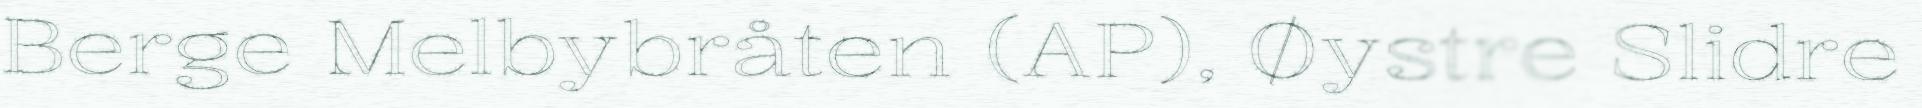
Berge Melbybråten (AP), Øystre Slidre